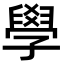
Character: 學